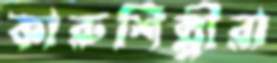
কারুশিল্পীরা